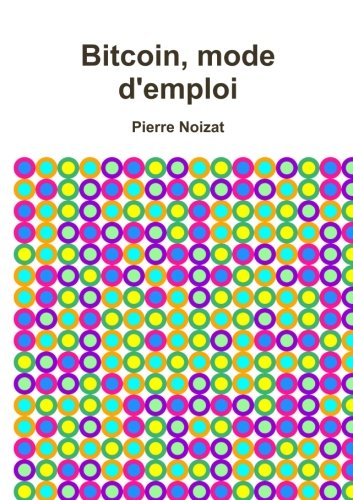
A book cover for Bitcoin, mode d'emploi (French Edition); Pierre Noizat; Computers & Technology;